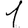
Digit: 1